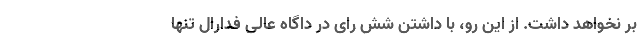
بر نخواهد داشت. از این رو، با داشتن شش رای در داگاه عالی فدارال تنها